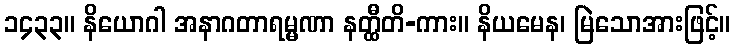
၁၄၃၃။ နိယောဂါ အနာဂတာရမ္မဏာ နတ္ထီတိ-ကား။ နိယမေန၊ မြဲသောအားဖြင့်။